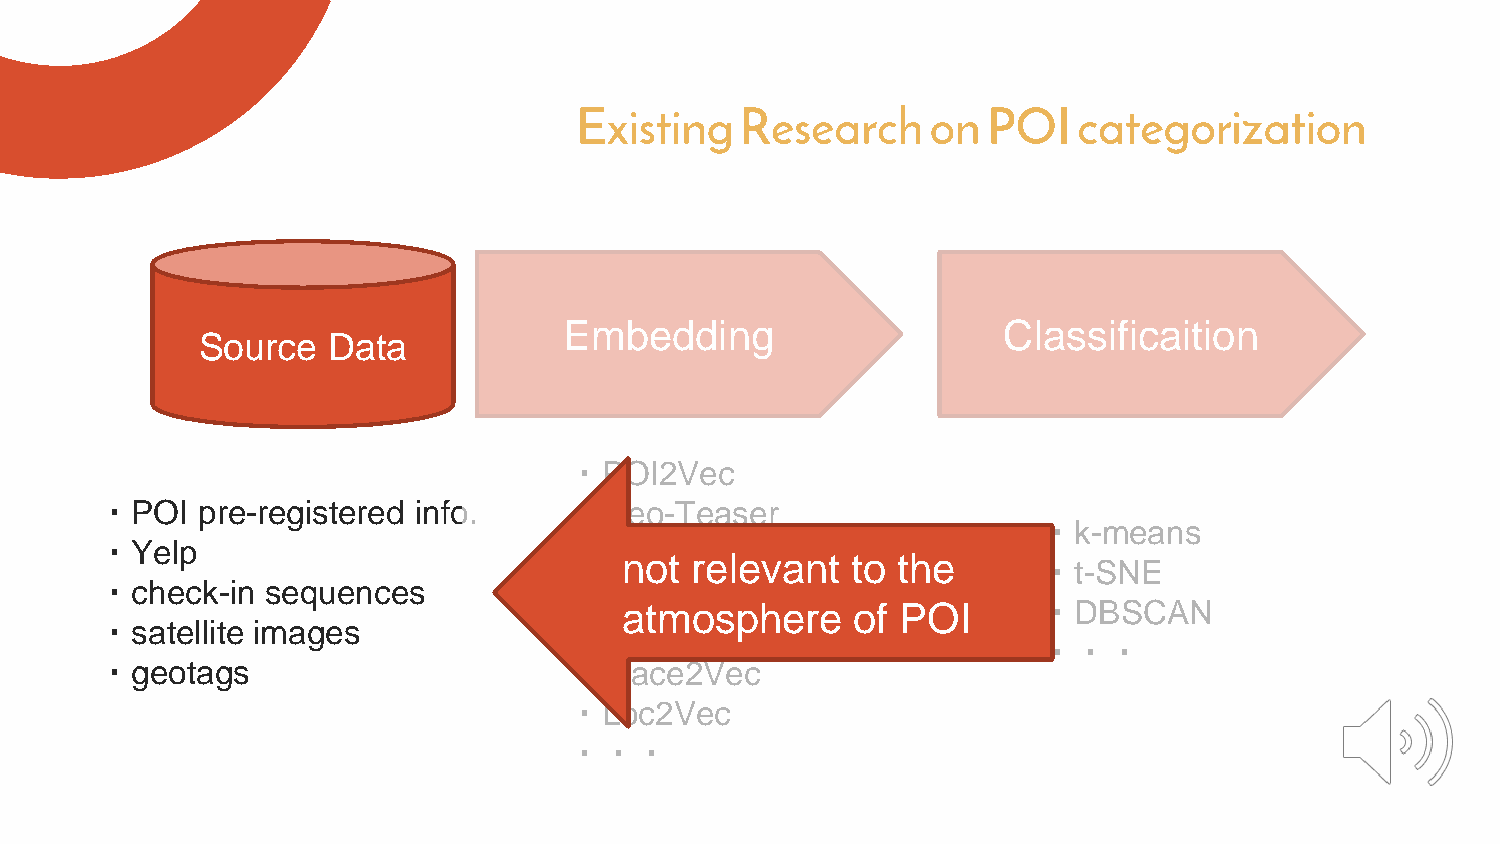
Existing   Research     on POI   categorization
 Embedding                    Classificaition
 Source   Data
 ・POI2Vec
 ・POI   pre-registered info.     ・Geo-Teaser
 ・k-means
 ・Yelp                           ・DeepWalk
 not  relevant  to the       ・t-SNE
 ・check-in   sequences           ・Tile2Vec
 atmosphere     of  POI      ・DBSCAN
 ・satellite images               ・GPS2Vec
 ・・・
 ・geotags                        ・Place2Vec
 ・Loc2Vec
 ・・・